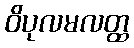
ဝိပုလမလတ္ထ